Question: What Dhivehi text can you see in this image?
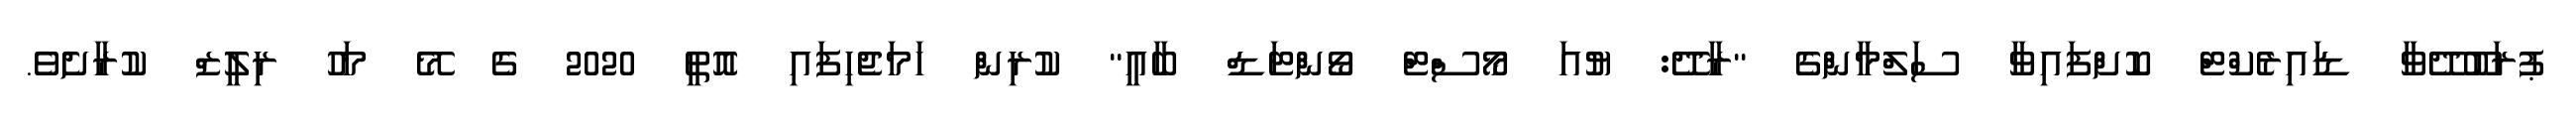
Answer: ޕުރަބޫދޭވާ ޑައިރެކްޓް ކޮށްފައިވާ ސަލްމާންގެ "ރާދޭ: ޔުއަ މޯސްޓް ވޯންޓަޑް ބާއީ" ކުރިން ހަމަޖެހިފައި އޮތީ 2020 ގެ މޭ މަހު ރިލީޒް ކުރާށެވެ.